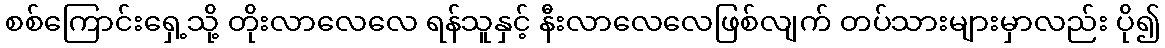
စစ်ကြောင်းရှေ့သို့ တိုးလာလေလေ ရန်သူနှင့် နီးလာလေလေဖြစ်လျက် တပ်သားများမှာလည်း ပို၍